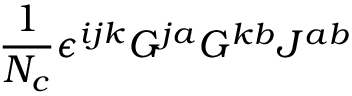
\frac 1 { N _ { c } } \epsilon ^ { i j k } G ^ { j a } G ^ { k b } J ^ { a b }